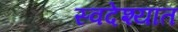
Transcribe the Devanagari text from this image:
स्वदेश्यात